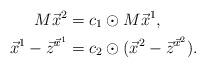
LaTeX: \begin{align*}M\vec x^2 &= c_1 \odot M\vec x^1, \\\vec x^1 - \vec z^{\vec x^1} &= c_2\odot (\vec x^2 - \vec z^{\vec x^2}). \end{align*}